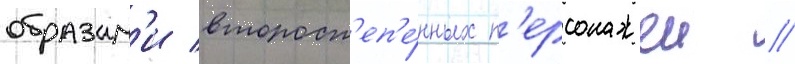
образам'и второст'еп'е́нных п'ерсонажеи //